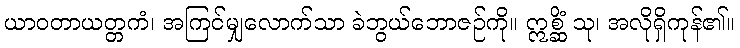
ယာဝတာယတ္တကံ၊ အကြင်မျှလောက်သာ ခဲဘွယ်ဘောဇဉ်ကို။ ဣစ္ဆိံ သု၊ အလိုရှိကုန်၏။